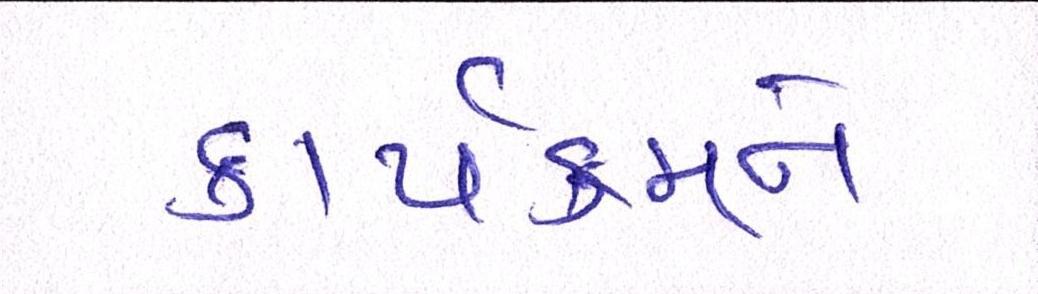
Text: કાર્યક્રમને